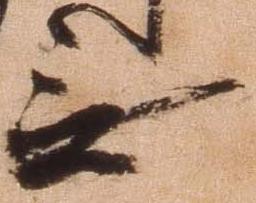
無